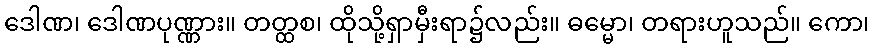
ဒေါဏ၊ ဒေါဏပုဏ္ဏား။ တတ္ထစ၊ ထိုသို့ရှာမှီးရာ၌လည်း။ ဓမ္မော၊ တရားဟူသည်။ ကော၊